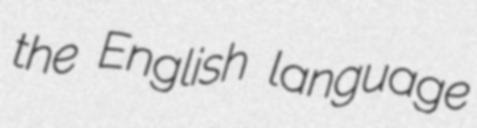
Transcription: the English language